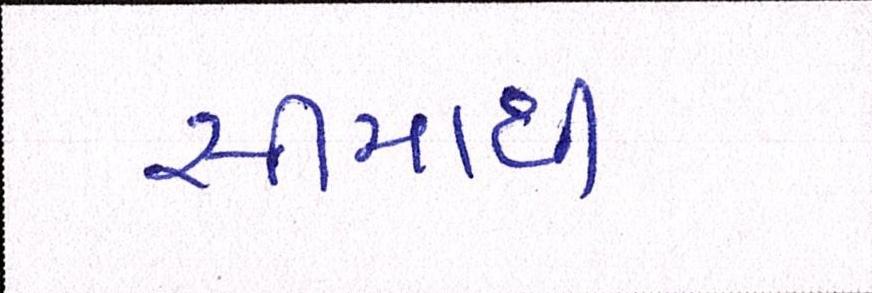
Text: સીમાથી